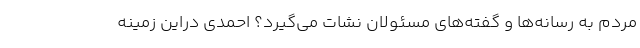
مردم به رسانه‌ها و گفته‌های مسئولان نشات می‌گیرد؟ احمدی دراین زمینه